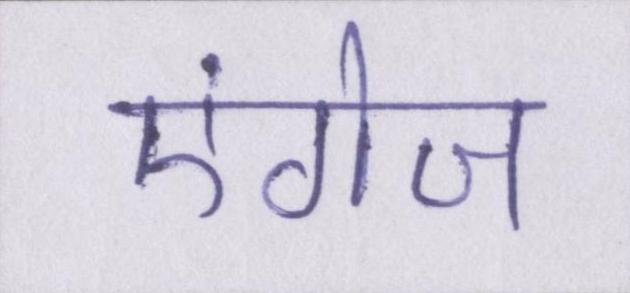
एंगेज